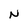
Character: N